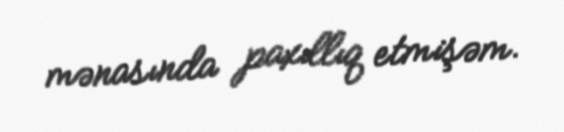
mənasında paxıllıq etmişəm.